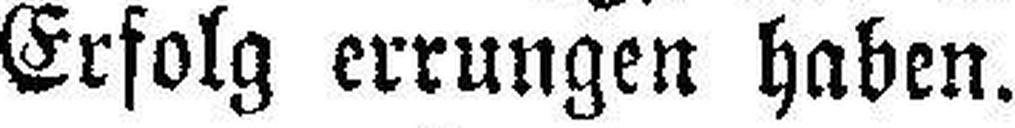
Erfolg errungen haben.